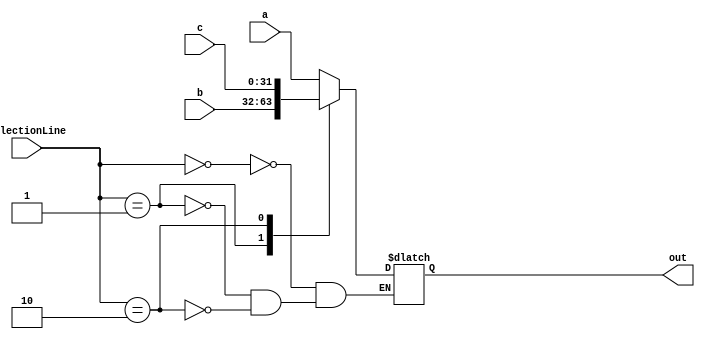
module _4x1MUX (
    input wire [31:0] a,
    input wire [31:0] b,
    input wire [31:0] c,
    input wire [1:0] selectionLine,
    output reg [31:0] out
);

    always @(a or b or c or selectionLine)
    begin
        case (selectionLine)
            2'b00: out = a;
            2'b01: out = b;
            2'b10: out = c;
            
        endcase;
    end

endmodule